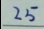
2 5